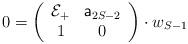
LaTeX: \begin{align*}0=\left(\begin{array}{cc}{\cal E}_{+} & {\sf a}_{2S-2}\\1 & 0\\\end{array}\right)\cdot w_{S-1}\end{align*}